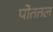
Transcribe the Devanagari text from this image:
पोततल